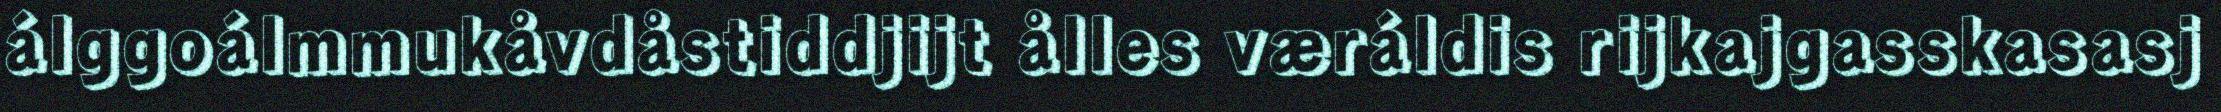
álggoálmmukåvdåstiddjijt ålles væráldis rijkajgasskasasj